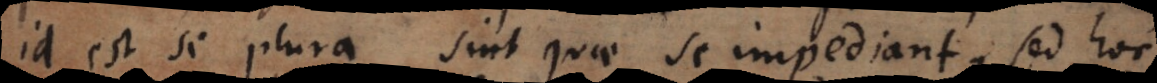
id est si plura sint quae se impediant, sed hoc